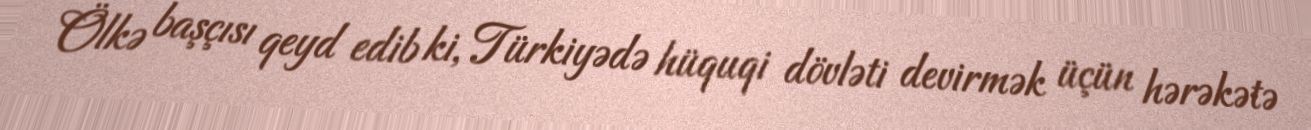
Ölkə başçısı qeyd edib ki, Türkiyədə hüquqi dövləti devirmək üçün hərəkətə